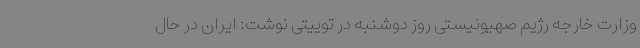
وزارت خارجه رژیم صهیونیستی روز دوشنبه در توییتی نوشت: ایران در حال